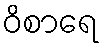
ဝိစာရေ